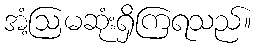
အံ့ဩမဆုံးရှိကြရသည်။